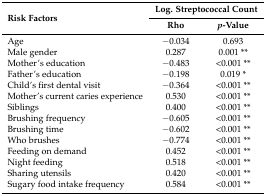
<table><thead><tr><td rowspan="2"><b>Risk Factors</b></td><td colspan="2"><b>Log. Streptococcal Count</b></td></tr><tr><td><b>Rho</b></td><td><b><i>p</i>-Value</b></td></tr></thead><tbody><tr><td>Age</td><td>−0.034</td><td>0.693</td></tr><tr><td>Male gender</td><td>0.287</td><td>0.001 **</td></tr><tr><td>Mother’s education</td><td>−0.483</td><td>&lt;0.001 **</td></tr><tr><td>Father’s education</td><td>−0.198</td><td>0.019 *</td></tr><tr><td>Child’s first dental visit</td><td>−0.364</td><td>&lt;0.001 **</td></tr><tr><td>Mother’s current caries experience</td><td>0.530</td><td>&lt;0.001 **</td></tr><tr><td>Siblings</td><td>0.400</td><td>&lt;0.001 **</td></tr><tr><td>Brushing frequency</td><td>−0.605</td><td>&lt;0.001 **</td></tr><tr><td>Brushing time</td><td>−0.602</td><td>&lt;0.001 **</td></tr><tr><td>Who brushes</td><td>−0.774</td><td>&lt;0.001 **</td></tr><tr><td>Feeding on demand</td><td>0.452</td><td>&lt;0.001 **</td></tr><tr><td>Night feeding</td><td>0.518</td><td>&lt;0.001 **</td></tr><tr><td>Sharing utensils</td><td>0.420</td><td>&lt;0.001 **</td></tr><tr><td>Sugary food intake frequency</td><td>0.584</td><td>&lt;0.001 **</td></tr></tbody></table>